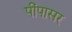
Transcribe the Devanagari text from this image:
पींपासर